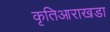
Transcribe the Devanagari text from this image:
कृतिआराखडा